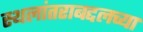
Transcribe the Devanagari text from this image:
स्थलांतराबद्दलच्या